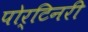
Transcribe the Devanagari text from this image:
पोर्टिनरी